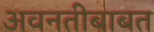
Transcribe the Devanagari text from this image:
अवनतीबाबत